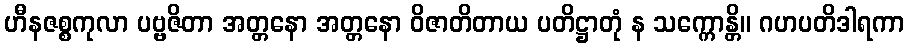
ဟီနဇစ္စကုလာ ပဗ္ဗဇိတာ အတ္တနော အတ္တနော ဝိဇာတိတာယ ပတိဋ္ဌာတုံ န သက္ကောန္တိ။ ဂဟပတိဒါရကာ